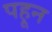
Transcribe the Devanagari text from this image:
पहून